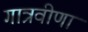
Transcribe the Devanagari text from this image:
गात्रवीणा